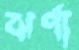
ঝর্ণা